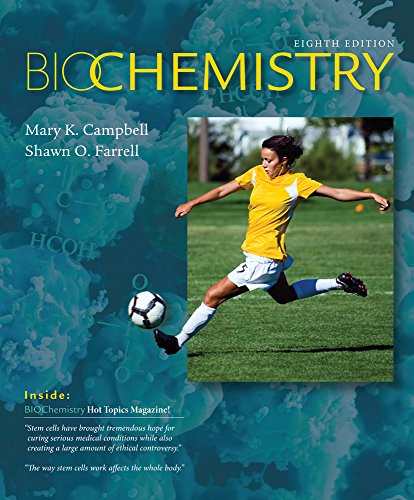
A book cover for Biochemistry; Mary K. Campbell; Medical Books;